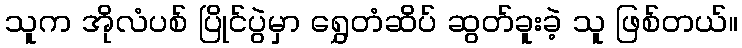
သူက အိုလံပစ် ပြိုင်ပွဲမှာ ရွှေတံဆိပ် ဆွတ်ခူးခဲ့ သူ ဖြစ်တယ်။